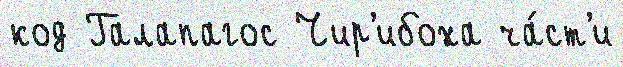
код Галапагос Чир'ибоха ча́ст'и